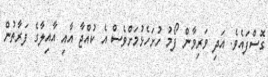
ގޮސްފައެވެ. އަދި ވަރިވާން ފޯމު ހުށަހެޅުމަށްވެސް އެ ކުއްޖާ އާއި އާއިލާގެ ފަރާތުން